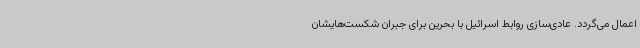
اعمال می‌گردد. عادی‌سازی روابط اسرائیل با بحرین برای جبران شکست‌هایشان